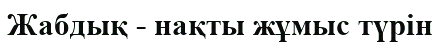
Жабдық - нақты жұмыс түрін